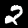
Label: 2